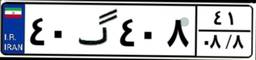
۸۲گ۲۵۴۹۷